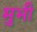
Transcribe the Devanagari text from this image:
मुभी